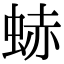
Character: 𧋒